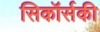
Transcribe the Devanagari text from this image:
सिकॉर्सकी